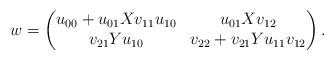
LaTeX: \begin{align*} w = \begin{pmatrix} u_{00} + u_{01}X v_{11} u_{10} & u_{01} X v_{12} \\ v_{21}Y u_{10} & v_{22} + v_{21}Y u_{11}v_{12} \end{pmatrix}.\end{align*}